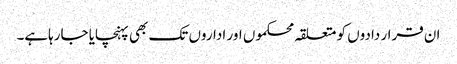
ان قرار دادوں کو متعلقہ محکموں اور اداروں تک بھی پہنچایا جارہاہے۔